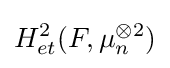
H_{et}^{2}(F,\mu _{n}^{\otimes 2})